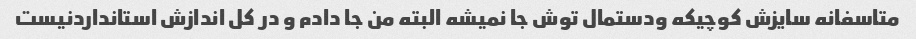
متاسفانه سایزش کوچیکه ودستمال توش جا نمیشه البته من جا دادم و در کل اندازش استانداردنیست